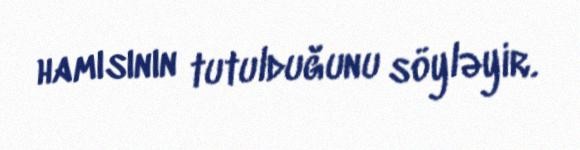
hamısının tutulduğunu söyləyir.